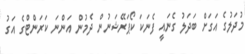
މުދަލުގެ އަގަށް ބަދަލު ގެނައީ ފެނަކަ ކޯޕަރޭޝަނުން ދެމުން އަންނަ ކަރަންޓްގެ އަގު